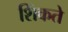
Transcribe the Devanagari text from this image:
शिंकते